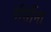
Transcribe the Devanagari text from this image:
पीसींना